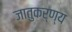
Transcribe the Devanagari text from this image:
जातुकर्ण्य